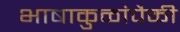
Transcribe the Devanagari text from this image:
भाषाकुळांपैकी